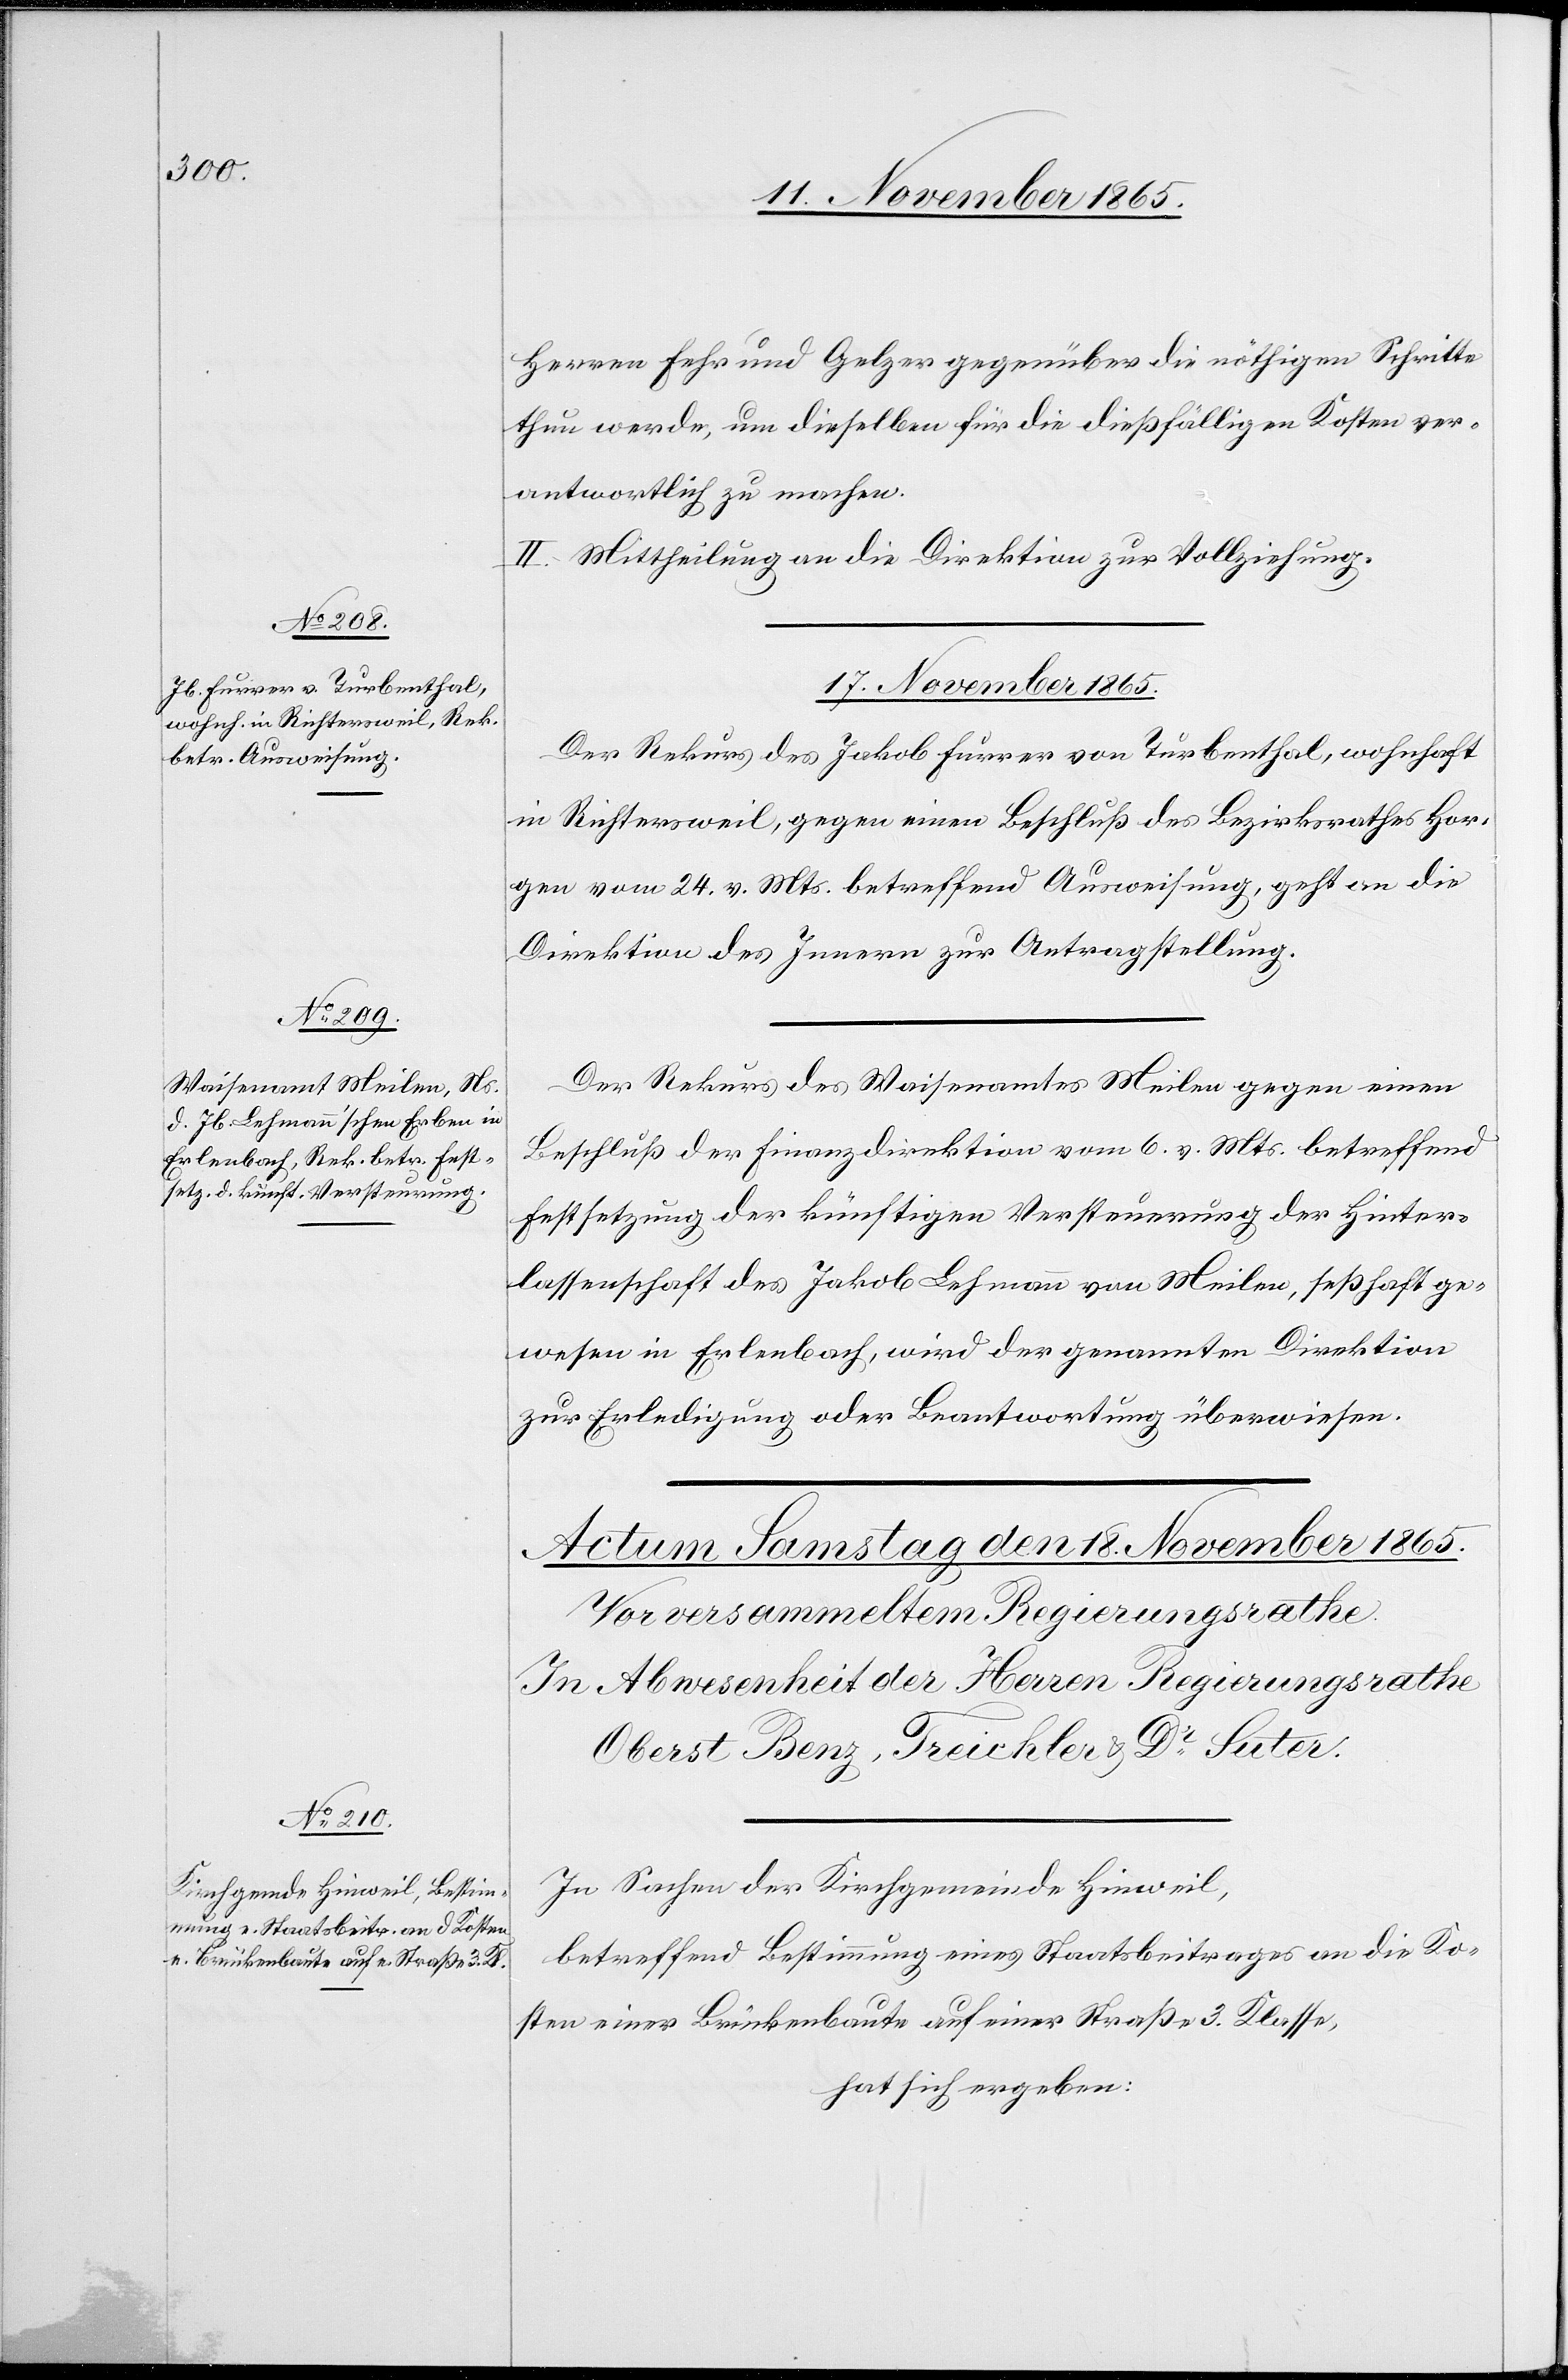
Herren Fehr und Gelzer gegenüber die nöthigen Schritte
thun werde, um dieselben für die dießfälligen Kosten ver¬
antwortlich zu machen.
II. Mittheilung an die Direktion zur Vollziehung.
17. November 1865.]
Der Rekurs des Jakob Furrer von Turbenthal, wohnhaft
in Richtersweil, gegen einen Beschluß des Bezirksrathes Hor¬
gen vom 24. v. Mts. betreffend Ausweisung, geht an die
Direktion des Innern zur Antragstellung.
Der Rekurs des Waisenamtes Meilen gegen einen
Beschluß der Finanzdirektion vom 6. v. Mts. betreffend
Festsetzung der künftigen Versteuerung der Hinter¬
lassenschaft des Jakob Lehmann von Meilen, seßhaft ge¬
wesen in Erlenbach, wird der genannten Direktion
zur Erledigung oder Beantwortung überwiesen.
In Sachen der Kirchgemeinde Hinweil,
betreffend Bestimmung eines Staatsbeitrages an die Ko¬
sten einer Brückenbaute auf einer Straße 3. Klasse,
hat sich ergeben: